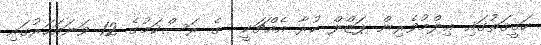
ހަޤީޤަތުގައި ޢިލްމުވެރިން ޕަޒްލް ކުރާ އެއްޗަކީ  ގެ ރަސްކަމުގެ 12 ވަނައަހަރުގައި